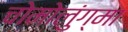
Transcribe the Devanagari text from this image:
चोमोलुंग्मा